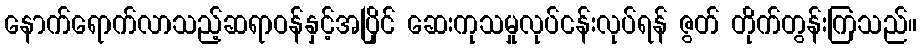
နောက်ရောက်လာသည့်ဆရာဝန်နှင့်အပြိုင် ဆေးကုသမှုလုပ်ငန်းလုပ်ရန် ဇွတ် တိုက်တွန်းကြသည်။